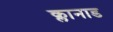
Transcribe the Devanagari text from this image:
क्लानाड